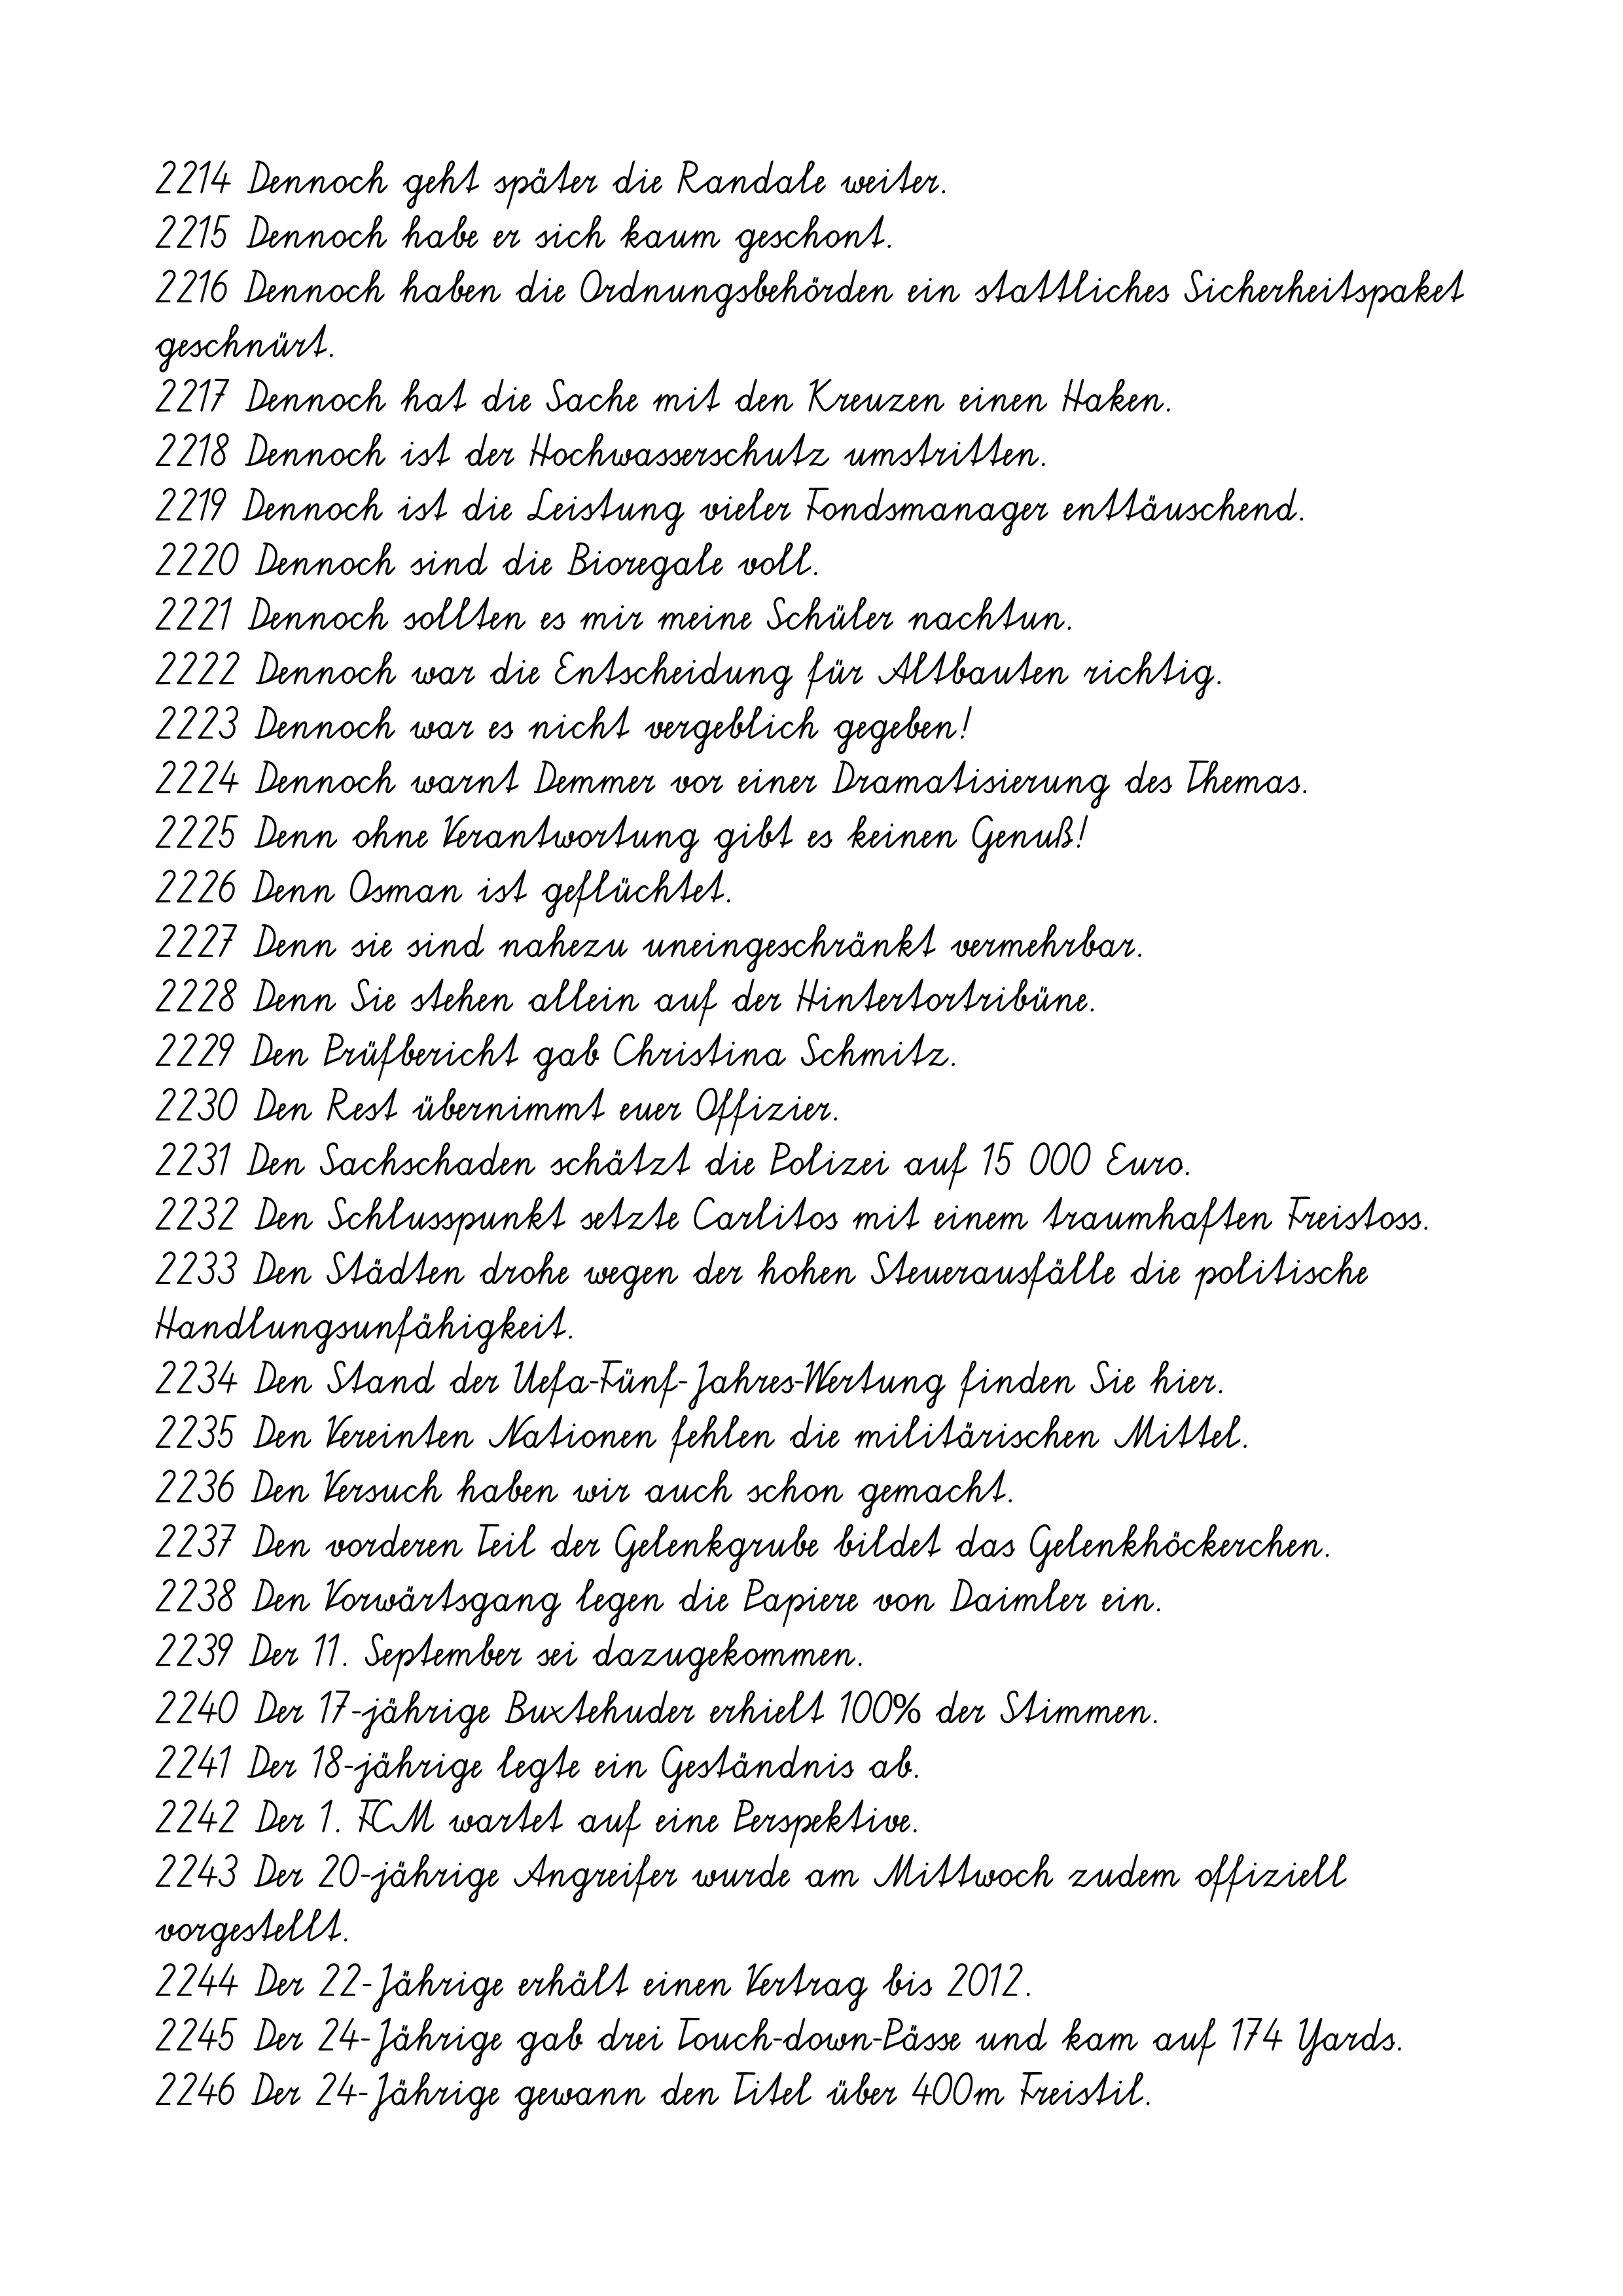
2214 Dennoch geht später die Randale weiter.
2215 Dennoch habe er sich kaum geschont.
2216 Dennoch haben die Ordnungsbehörden ein stattliches Sicherheitspaket
geschnürt.
2217 Dennoch hat die Sache mit den Kreuzen einen Haken.
2218 Dennoch ist der Hochwasserschutz umstritten.
2219 Dennoch ist die Leistung vieler Fondsmanager enttäuschend.
2220 Dennoch sind die Bioregale voll.
2221 Dennoch sollten es mir meine Schüler nachtun.
2222 Dennoch war die Entscheidung für Altbauten richtig.
2223 Dennoch war es nicht vergeblich gegeben!
2224 Dennoch warnt Demmer vor einer Dramatisierung des Themas.
2225 Denn ohne Verantwortung gibt es keinen Genuß!
2226 Denn Osman ist geflüchtet.
2227 Denn sie sind nahezu uneingeschränkt vermehrbar.
2228 Denn Sie stehen allein auf der Hintertortribüne.
2229 Den Prüfbericht gab Christina Schmitz.
2230 Den Rest übernimmt euer Offizier.
2231 Den Sachschaden schätzt die Polizei auf 15 000 Euro.
2232 Den Schlusspunkt setzte Carlitos mit einem traumhaften Freistoss.
2233 Den Städten drohe wegen der hohen Steuerausfälle die politische
Handlungsunfähigkeit.
2234 Den Stand der Uefa-Fünf-Jahres-Wertung finden Sie hier.
2235 Den Vereinten Nationen fehlen die militärischen Mittel.
2236 Den Versuch haben wir auch schon gemacht.
2237 Den vorderen Teil der Gelenkgrube bildet das Gelenkhöckerchen.
2238 Den Vorwärtsgang legen die Papiere von Daimler ein.
2239 Der 11. September sei dazugekommen.
2240 Der 17-jährige Buxtehuder erhielt 100% der Stimmen.
2241 Der 18-jährige legte ein Geständnis ab.
2242 Der 1. FCM wartet auf eine Perspektive.
2243 Der 20-jährige Angreifer wurde am Mittwoch zudem offiziell
vorgestellt.
2244 Der 22-Jährige erhält einen Vertrag bis 2012.
2245 Der 24-Jährige gab drei Touch-down-Pässe und kam auf 174 Yards.
2246 Der 24-Jährige gewann den Titel über 400m Freistil.